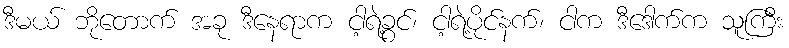
ဒီမယ် ဘိုတောက် အခု ဒီနေရာက ငါ့ရဲ့ခွင်၊ ငါ့ရဲ့ပိုင်နက်၊ ငါက ဒီဒေါက်က သူကြီး